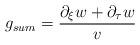
LaTeX: \begin{align*}g_{sum}=\frac{ \partial_\xi w+\partial_\tau w}{v}\end{align*}